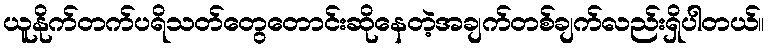
ယူနိုက်တက်ပရိသတ်တွေတောင်းဆိုနေတဲ့အချက်တစ်ချက်လည်းရှိပါတယ်။